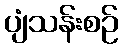
ပျံသန်းစဉ်